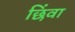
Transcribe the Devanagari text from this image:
छिंवा